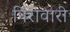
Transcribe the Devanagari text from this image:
निरावारी